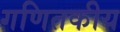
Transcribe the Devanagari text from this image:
गणितकीय